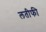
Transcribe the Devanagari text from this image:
लतीफी